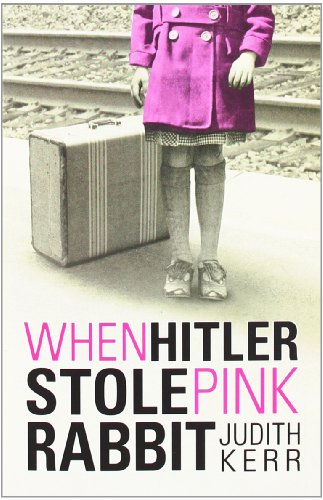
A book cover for When Hitler Stole Pink Rabbit; Judith Kerr; Children's Books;